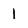
Character: 1